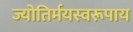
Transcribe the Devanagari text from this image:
ज्योतिर्मयस्वरूपाय